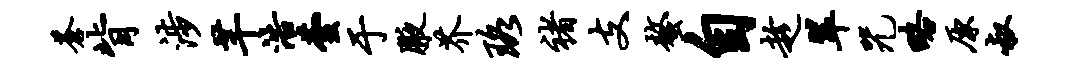
苍背涉芊浩芸于腋芥珞褚支螯自趁翠咒略原叔